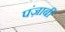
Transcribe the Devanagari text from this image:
पंज़ाबी